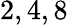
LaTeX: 2,4,8